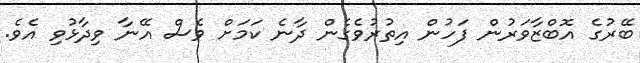
ބޭރުގެ އޮބްޒާވަރުން ފަހުން އިތުރުވެގެން ދާނެ ކަމަށް ވެސް އޭނާ ވިދާޅުވި އެވެ.